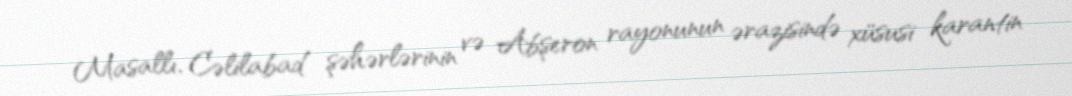
Masallı, Cəlilabad şəhərlərinin və Abşeron rayonunun ərazisində xüsusi karantin